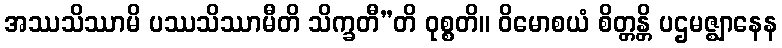
အဿသိဿာမိ ပဿသိဿာမီတိ သိက္ခတီ”တိ ဝုစ္စတိ။ ဝိမောစယံ စိတ္တန္တိ ပဌမဇ္ဈာနေန